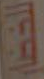
للخضار